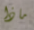
ماذا